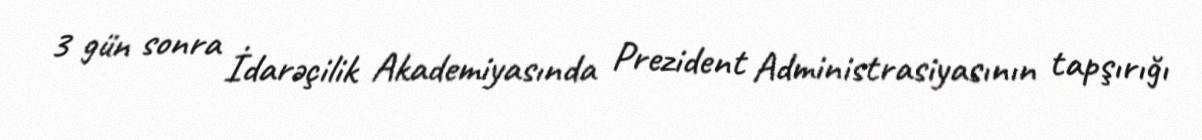
3 gün sonra İdarəçilik Akademiyasında Prezident Administrasiyasının tapşırığı